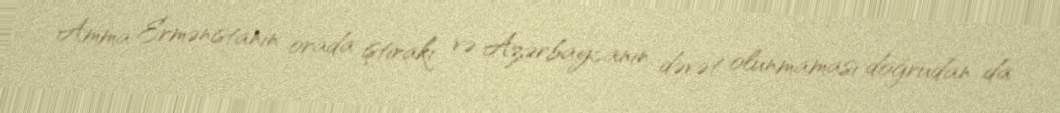
Amma Ermənistanın orada iştirakı və Azərbaycanın dəvət olunmaması doğrudan da